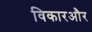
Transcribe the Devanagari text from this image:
विकारऔर